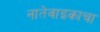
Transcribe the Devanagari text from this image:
नातेवाइकाचा